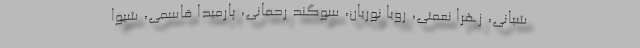
شبانی، زهرا نعمتی، رویا نوریان، سوگند رحمانی، پارمیدا قاسمی، شیوا